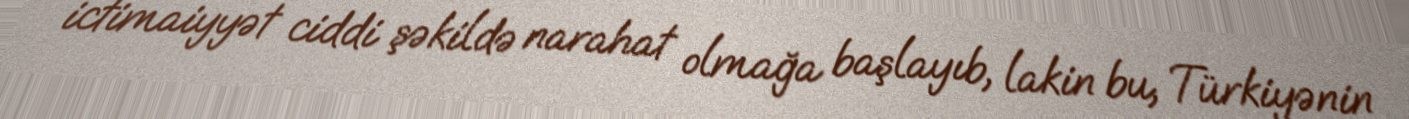
ictimaiyyət ciddi şəkildə narahat olmağa başlayıb, lakin bu, Türkiyənin